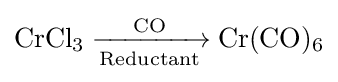
{\mathrm {CrCl} {\vphantom {A}}_{\smash[{t}]{3}}{}\mathrel {\xrightarrow[{\text{Reductant}}]{\text{CO}}} {}\mathrm {Cr} (\mathrm {CO} ){\vphantom {A}}_{\smash[{t}]{6}}}